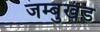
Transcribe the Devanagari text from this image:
जम्बुखंड